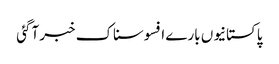
پاکستانیوں بارے افسوسناک خبر آگئی